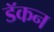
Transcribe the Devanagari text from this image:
डॅकन